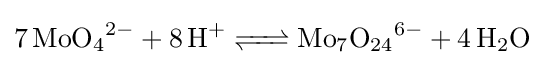
{\ce {7 MoO4^2- + 8 H+ <=> Mo7O24^6- + 4 H2O}}